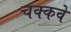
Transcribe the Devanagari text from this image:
चक्‍कवे